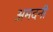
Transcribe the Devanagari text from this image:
अमदनी